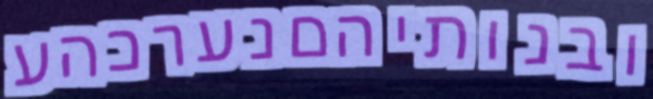
ובנותיהםנערכהע